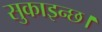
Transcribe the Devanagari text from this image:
सुकाइन्छ।